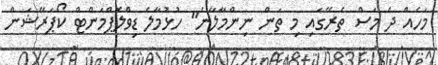
މަހެއް ދެ މަސް ތެރޭގައި މި ތަން ނިންމާލާނެ" ހުޅުމާލެ ޑިވްލޮޕްމަންޓް ކޯޕަރޭޝަން